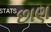
છાણ